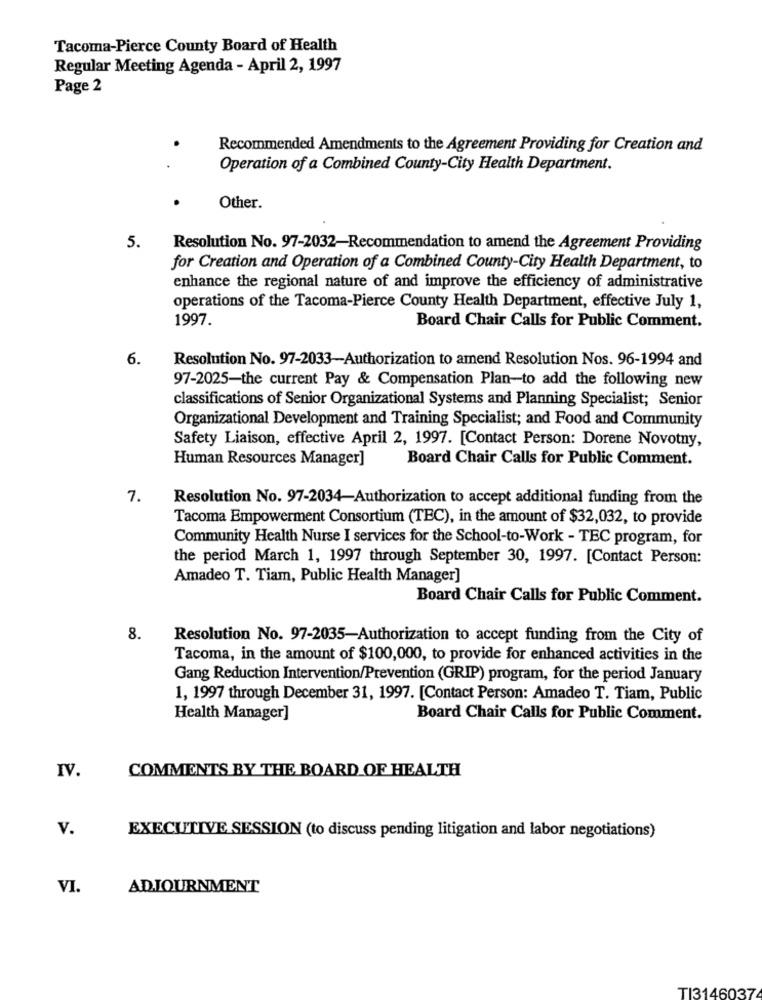
Tacoma-Pierce County Board of Health
Regular Meeting Agenda - April 2, 1997
Page 2
Recommended Amendments to the Agreement Providing for Creation and
Operation of a Combined County-City Health Department.
Other.
5.
Resolution No. 97-2032-Recommendation to amend the Agreement Providing
for Creation and Operation of a Combined County-City Health Department, to
enhance the regional nature of and improve the efficiency of administrative
operations of the Tacoma-Pierce County Health Department, effective July 1,
1997.
Board Chair Calls for Public Comment.
6.
Resolution No. 97-2033-Authorization to amend Resolution Nos. 96-1994 and
97-2025-the current Pay & Compensation Plan-to add the following new
classifications of Senior Organizational Systems and Planning Specialist; Senior
Organizational Development and Training Specialist; and Food and Community
Safety Liaison, effective April 2, 1997. [Contact Person: Dorene Novotny,
Human Resources Manager]
Board Chair Calls for Public Comment.
7.
Resolution No. 97-2034-Authorization to accept additional funding from the
Tacoma Empowerment Consortium (TEC), in the amount of $32,032, to provide
Community Health Nurse I services for the School-to-Work - TEC program, for
the period March 1, 1997 through September 30, 1997. [Contact Person:
Amadeo T. Tiam, Public Health Manager]
Board Chair Calls for Public Comment.
8.
Resolution No. 97-2035-Authorization to accept funding from the City of
Tacoma, in the amount of $100,000, to provide for enhanced activities in the
Gang Reduction Intervention/Prevention (GRIP) program, for the period January
1, 1997 through December 31, 1997. [Contact Person: Amadeo T. Tiam, Public
Health Manager]
Board Chair Calls for Public Comment.
IV.
COMMENTS BY THE BOARD OF HEALTH
v.
EXECUTIVE SESSION (to discuss pending litigation and labor negotiations)
VI.
ADJOURNMENT
TI3146037